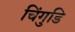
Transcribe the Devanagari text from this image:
चिंगुडि